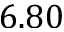
6 . 8 0